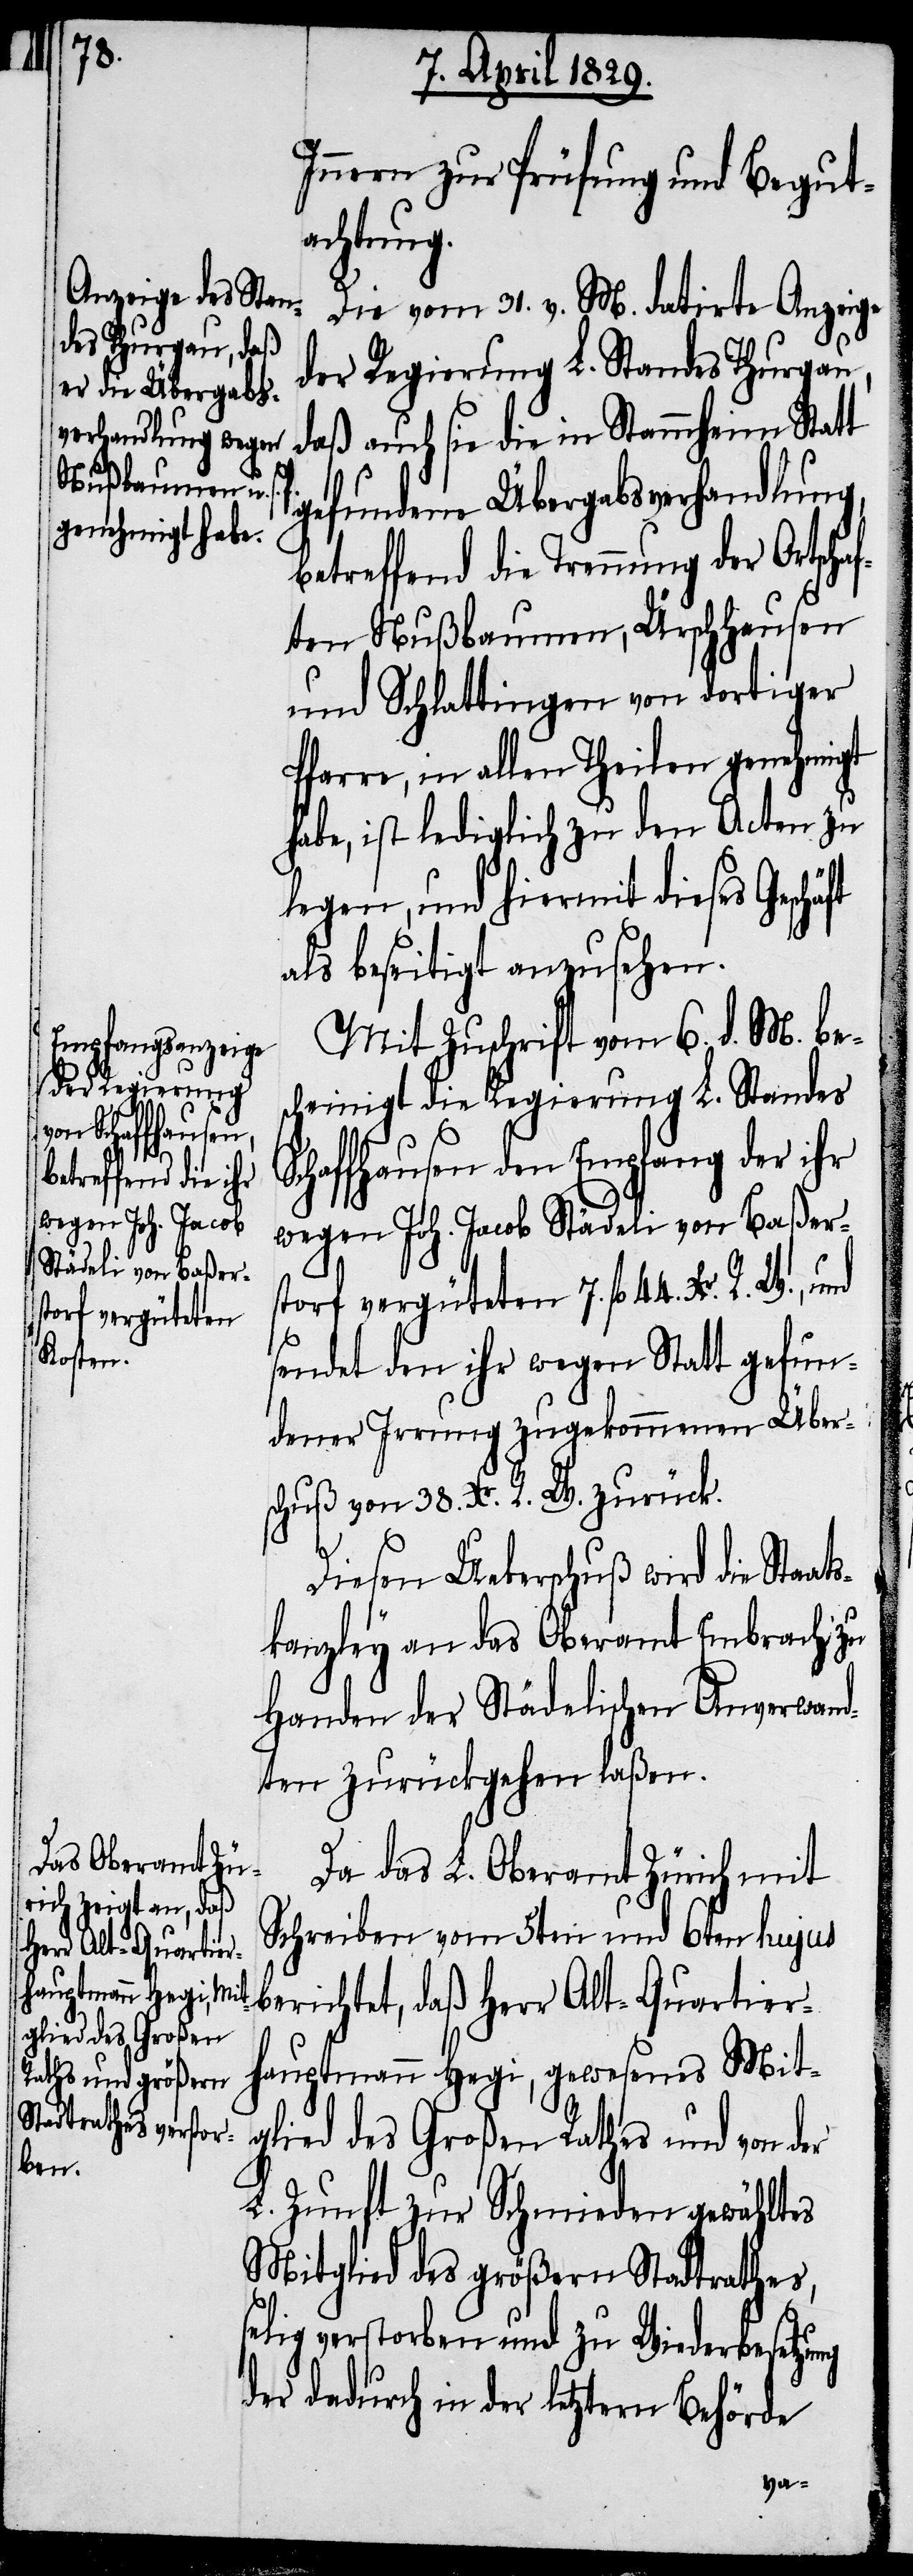
7.
storf vergüteten

Innern zur Prüfung und Begut¬
achtung.
Die vom 31. v. M. datirte Anzeige
der Regierung L. Standes Thurgau,
daß auch sie die in Stammheim Statt
gefundene Übergabsverhandlung,
betreffend die Trennung der Ortscha¬
ften Nußbaumen, Ürschhausen
und Schlattingen von dortiger
Pfarre, in allen Theilen genehmigt
habe, ist lediglich zu den Acten zu
legen, und hiermit dieses Geschä¬
als beseitigt anzusehen.
Mit Zuschrift vom 6. d. M. be¬
scheinigt die Regierung L. Standes
Schaffhausen den Empfang der ihr
wegen Joh. Jacob Städeli von Baßer¬
sendet den ihr wegen Statt gefun¬
dener Irrung zugekommenen Über¬
schuß von 38. Xr. R. W. zurück.
Diesen Ueberschuß wird die Staat¬
skanzley an das Oberamt Embrach zu
Handen der Städelischen Anverwand¬
ten zurückgehen laßen.
Da das L. Oberamt Zürich mit
Schreiben vom 5ten und 6ten hujus
berichtet, daß Herr Alt-Quartier¬
hauptmann Hegi, gewesenes Mitg¬
lied des Großen Rathes und von
L. Zunft zur Schmieden gewähltes
Mitglied des größern Stadtrathes,
selig verstorben und zu Wiederbesetzu¬
der dadurch in der letztern Behörde
ng